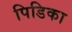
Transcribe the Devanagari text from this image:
पिडिका